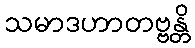
သမာဒဟာတဗ္ဗန္တိ